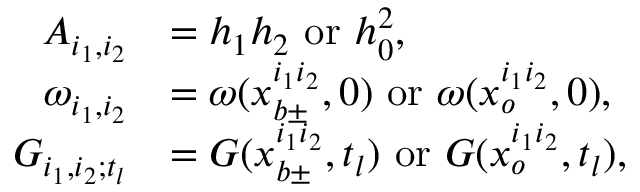
\begin{array} { r l } { A _ { i _ { 1 } , i _ { 2 } } } & { = h _ { 1 } h _ { 2 } \mathrm { ~ o r ~ } h _ { 0 } ^ { 2 } , } \\ { \omega _ { i _ { 1 } , i _ { 2 } } } & { = \omega ( x _ { b \pm } ^ { i _ { 1 } i _ { 2 } } , 0 ) \mathrm { ~ o r ~ } \omega ( x _ { o } ^ { i _ { 1 } i _ { 2 } } , 0 ) , } \\ { G _ { i _ { 1 } , i _ { 2 } ; t _ { l } } } & { = G ( x _ { b \pm } ^ { i _ { 1 } i _ { 2 } } , t _ { l } ) \mathrm { ~ o r ~ } G ( x _ { o } ^ { i _ { 1 } i _ { 2 } } , t _ { l } ) , } \end{array}